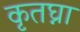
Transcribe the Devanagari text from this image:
कृतघ्ना